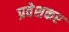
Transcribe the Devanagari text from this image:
प्रवेशकर